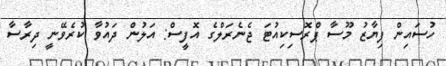
ހުސައިން ފިޔާޒު މޫސާ ޕްރޮސިކިއުޓަ ޖެނެރަލްގެ އޮފީސް: އަލުން ދައުވާ ކުރެވޭނީ ދިރާސާ